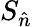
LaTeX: S_{\hat{n}}